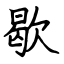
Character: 歇